Medical and sanitary report of the native army of Bengal for the year
Year: 1876
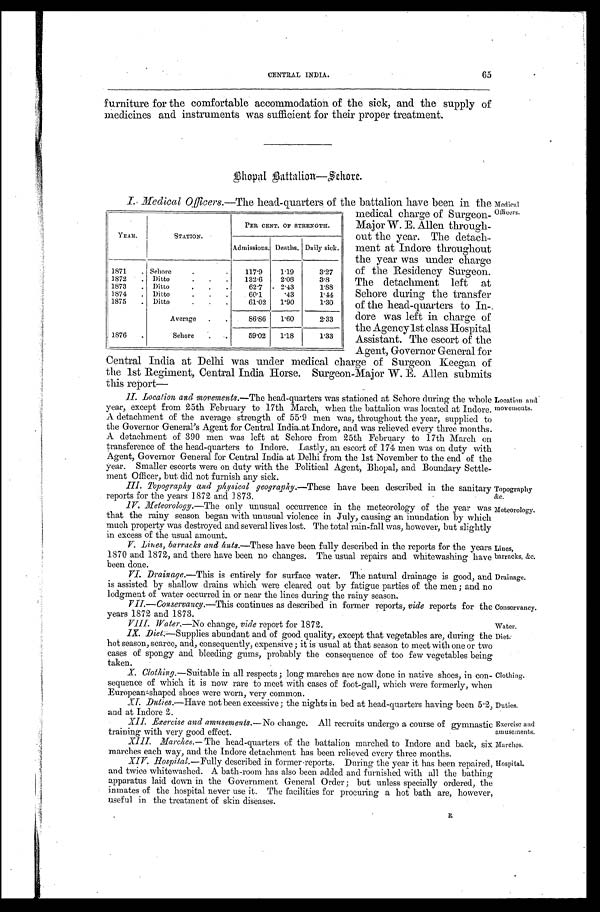
Meteorology.
Lines,
barracks, &c.
Drainage.
Conservancy.
Water.
Clothing.
Duties.
Exercise and
amusements.
Marches.
Hospital.
65
CENTRAL INDIA.
furniture for the comfortable accommodation of the sick, and the supply of
medicines and instruments was sufficient for their proper treatment.
Bhopal Battalion—Sehore.
I . M e d i c a l O f f i c e r s . —
T h e
h e a d - q u a r t e r s o f t h e b a t t a l i o n h a v e b e e n i n t h e
medical charge of Surgeon-
Major W. E. Allen throug
h-out the year. The detach
-ment at Inclore throughout
the year was under charge
of the Residency Surgeon.
The detachment left at
Sehore during the transfer
of the head-quarters to In-
dore was left in charge of
the Agency1st class Hospital
Assistant. The escort of the
Agent, Governor General
f o r C e n t r a l I n d i a a t D e l h i w a s u n d e r m e d i c a l c h a r g e o f S u r g e o n K e e g a n o f
the 1st Regiment, Central India Horse. Surgeon-Major W. E. Allen submit
this report—
YEAR.
STATION.
PER CENT. OF STRENGTH.
Admissions. Deaths. Daily sick.
1871 . . . Sehore . . .
117.9
1.19
3.27
1872 . . .
Ditto . . .
132.6
2.08
3.8
1873 . . . Ditto . . .
62.7
2.43
1.88
1874 . . . Ditto . . .
60.1
.43
1.44
1875 . . . Ditto . . .
61.02
1.90
1.30
Average . . .
86.86
1.60
2.33
1876 . . .
Sehore . . .
59.02
1.18
1.33
Medical
Officers.
II. Location and movements.— The head-quarters was stationed at Sehore during the whole
year, except from 25th February to 17th March, when the battalion was located at Indore.
A detachment of the average strength of 55.9 men was, throughout the year, supplied to
the Governor General's Agent for Central India at Indore, and was relieved every three months.
A detachment of 390 men was left at Sehore from 25th February to 17th March on
transference of the head-quarters to Indore. Lastly, an escort of 174 men was on duty with
Agent, Governor General for Central India at Delhi from the 1st November to the end of the
year. Smaller escorts were on duty with the Political Agent, Bhopal, and Boundary Settle
-ment Officer, but did not furnish any sick.
III. Topography and physical geography.— These have been described in the sanitary
reports for the years 1872 and 1873.
Location and
movements.
Topography &c.
IV. Meteorology.—T h e
o n l y u n u s u a l o c c u r r e n c e i n t h e m e t e o r o l o g y o f t h e y e a r w a s
that the rainy season began with unusual violence in July, causing an inundation by which
much property was destroyed and several lives lost. The total rain-fall was, however, but slightly
in excess of the usual amount.
V. Lines, barracks and huts .—These have been fully described in the reports for the years
1870 and 1872, and there have been no changes. The usual repairs and whitewashing have
been done.
VI. Drainage.—This is entirely for surface water. The natural drainage is good, and
is assisted by shallow drains which were cleared out by fatigue parties of the men; and no
lodgment of water occurred in or near the lines during the rainy season.
VII.—Conservancy.—This continues as described in former reports, vide reports for the
years 1872 and 1873.
VIII. Water.— No change, vide report for 1872.
IX. Diet.—Supplies abundant and of good quality, except that vegetables are, during the
hot season, scarce, and, consequently, expensive; it is usual at that season to meet with one or two
cases of spongy and bleeding gums, probably the consequence of too few vegetables being
t a k e n .
X. Clothing. —Suitable in all respects; long marches are now done in native shoes, in con
-sequence of which it is now rare to meet with cases of foot-gall, which were formerly, when
European-shaped shoes were worn, very common.
XI. Duties.— Have not been excessive; the nights in bed at head-quarters having been 5.2,
and at Indore 2.
XII. Exercise and amusements.— No change. All recruits undergo a course of gymnastic
training with very good effect.
Diet.
XIII. Marches.— The head-quarters of the battalion marched to Indore and back, six
marches each way. and the Indore detachment has been relieved every three months.
XIV. Hospital.— Fully described in former-reports. During the year it has been repaired,
and twice whitewashed. A bath-room has also been added and furnished with all the bathing
apparatus laid down in the Government General Order; but unless specially ordered, the
inmates of the hospital never use it. The facilities for procuring a hot bath are, however,
useful in the treatment of skin diseases.
R